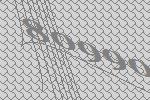
80990